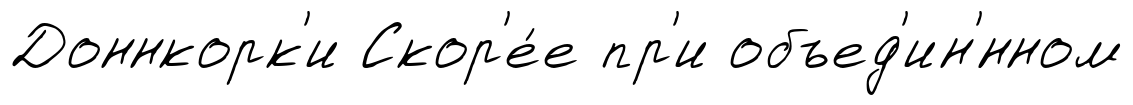
Доннкорк'и Скор'е́е пр'и объед'ин'́нном